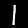
Label: 1